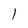
Character: l